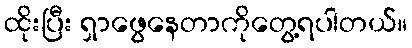
ထိုးပြီး ရှာဖွေနေတာကိုတွေ့ရပါတယ်။